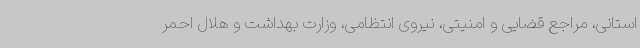
استانی، مراجع قضایی و امنیتی، نیروی انتظامی، وزارت بهداشت و هلال احمر